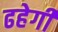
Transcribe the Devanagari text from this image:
ढहेगी